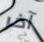
آخر